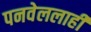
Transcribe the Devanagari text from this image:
पनवेललाही